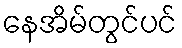
နေအိမ်တွင်ပင်